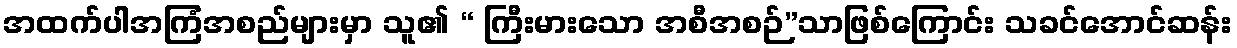
အထက်ပါအကြံအစည်များမှာ သူ၏ “ ကြီးမားသော အစီအစဉ်”သာဖြစ်ကြောင်း သခင်အောင်ဆန်း